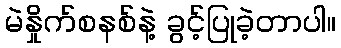
မဲနှိုက်စနစ်နဲ့ ခွင့်ပြုခဲ့တာပါ။